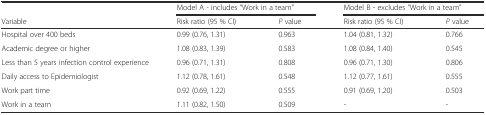
<table><thead><tr><td></td><td colspan="2"><b>Model A - includes “Work in a team”</b></td><td colspan="2"><b>Model B - excludes “Work in a team”</b></td></tr><tr><td><b>Variable</b></td><td><b>Risk ratio (95 % CI)</b></td><td><b><i>P</i> value</b></td><td><b>Risk ratio (95 % CI)</b></td><td><b><i>P</i> value</b></td></tr></thead><tbody><tr><td>Hospital over 400 beds</td><td>0.99 (0.76, 1.31)</td><td>0.963</td><td>1.04 (0.81, 1.32)</td><td>0.766</td></tr><tr><td>Academic degree or higher</td><td>1.08 (0.83, 1.39)</td><td>0.583</td><td>1.08 (0.84, 1.40)</td><td>0.545</td></tr><tr><td>Less than 5 years infection control experience</td><td>0.96 (0.71, 1.31)</td><td>0.808</td><td>0.96 (0.71, 1.30)</td><td>0.806</td></tr><tr><td>Daily access to Epidemiologist</td><td>1.12 (0.78, 1.61)</td><td>0.548</td><td>1.12 (0.77, 1.61)</td><td>0.555</td></tr><tr><td>Work part time</td><td>0.92 (0.69, 1.22)</td><td>0.555</td><td>0.91 (0.69, 1.20)</td><td>0.503</td></tr><tr><td>Work in a team</td><td>1.11 (0.82, 1.50)</td><td>0.509</td><td>-</td><td>-</td></tr></tbody></table>